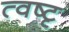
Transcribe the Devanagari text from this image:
त्वष्टृ